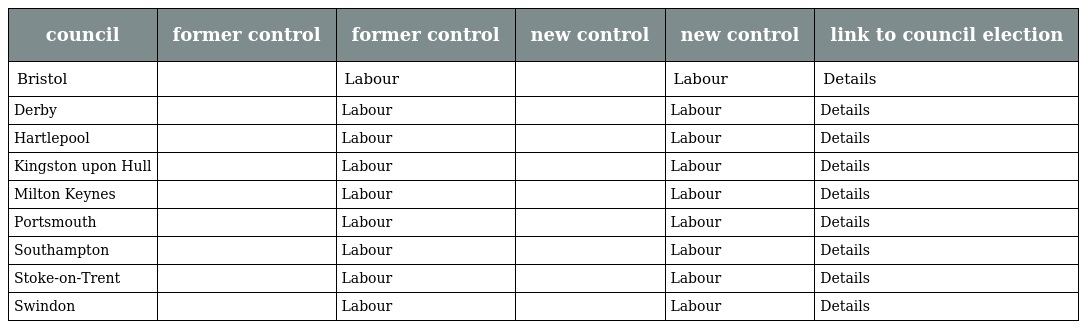
| council | former control | former control | new control | new control | link to council election |
 | --- | --- | --- | --- | --- | --- |
 | Bristol |  | Labour |  | Labour | Details |
 | Derby |  | Labour |  | Labour | Details |
 | Hartlepool |  | Labour |  | Labour | Details |
 | Kingston upon Hull |  | Labour |  | Labour | Details |
 | Milton Keynes |  | Labour |  | Labour | Details |
 | Portsmouth |  | Labour |  | Labour | Details |
 | Southampton |  | Labour |  | Labour | Details |
 | Stoke-on-Trent |  | Labour |  | Labour | Details |
 | Swindon |  | Labour |  | Labour | Details |